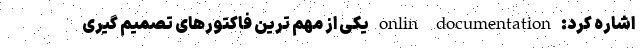
اشاره کرد: onlin documentation یکی از مهم ترین فاکتورهای تصمیم گیری